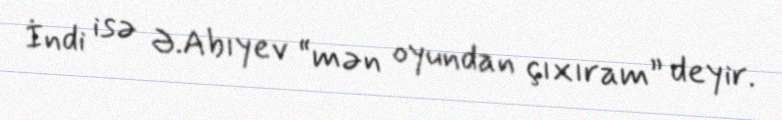
İndi isə Ə.Abıyev “mən oyundan çıxıram” deyir.